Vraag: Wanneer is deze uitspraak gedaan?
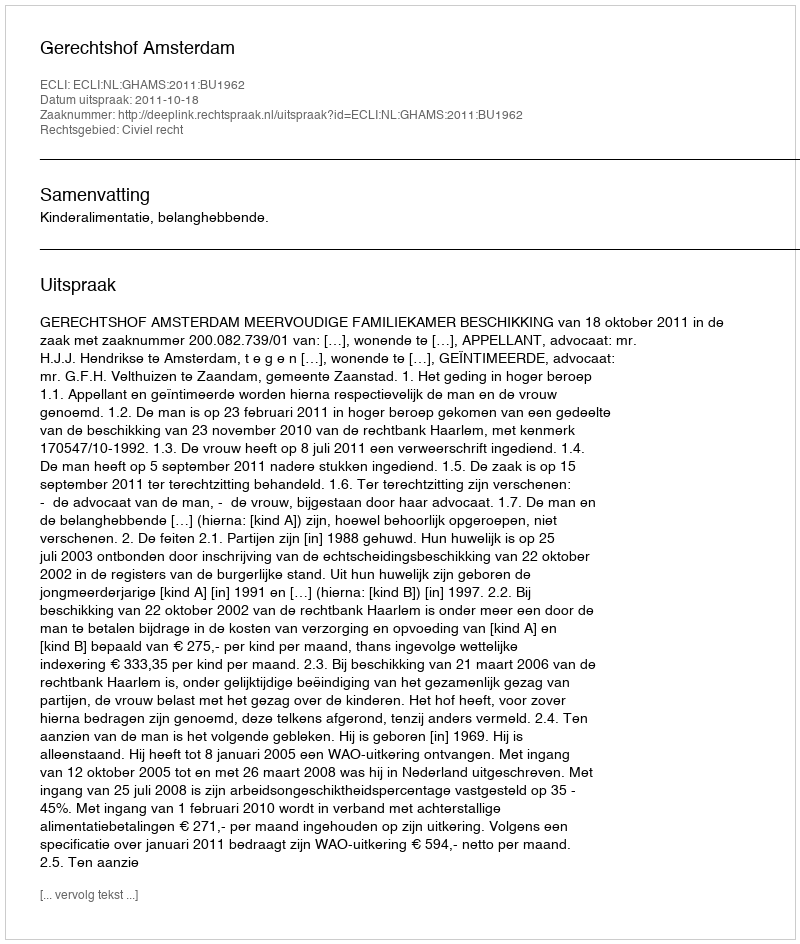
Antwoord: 2011-10-18